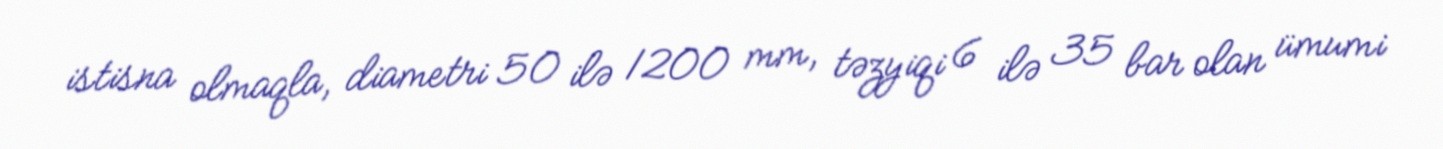
istisna olmaqla, diametri 50 ilə 1200 mm, təzyiqi 6 ilə 35 bar olan ümumi